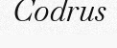
Codrus